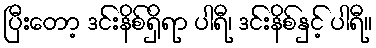
ပြီးတော့ ဒင်းနိစ်ရှိရာ ပါရီ၊ ဒင်းနိစ်နှင့် ပါရီ။